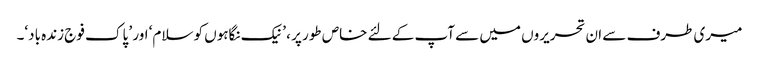
میری طرف سے ان تحریروں میں سے آپ کے لئے خاص طور پر ، ’ نیک نگاہوں کو سلام‘ اور ’ پاک فوج زندہ باد‘۔